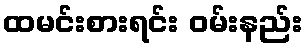
ထမင်းစားရင်း ဝမ်းနည်း